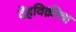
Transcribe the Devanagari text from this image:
देहविक्रीचा